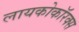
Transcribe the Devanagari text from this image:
लायकोकॉरक्स